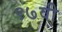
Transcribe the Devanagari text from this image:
९७वी